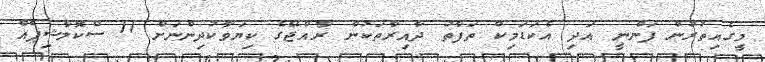
މީގެއިތުރުން ފަންނީ އަދި އެކަޑަމިކް ތަފާތު ދާއިރާތަކުން ރާއްޖޭގެ ކިޔަވާކުދިންނަށް 11 ސްކޮލާޝިޕެއް